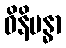
ဝိနိဗန္ဓာ